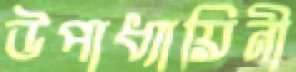
উপাধ্যায়িনী